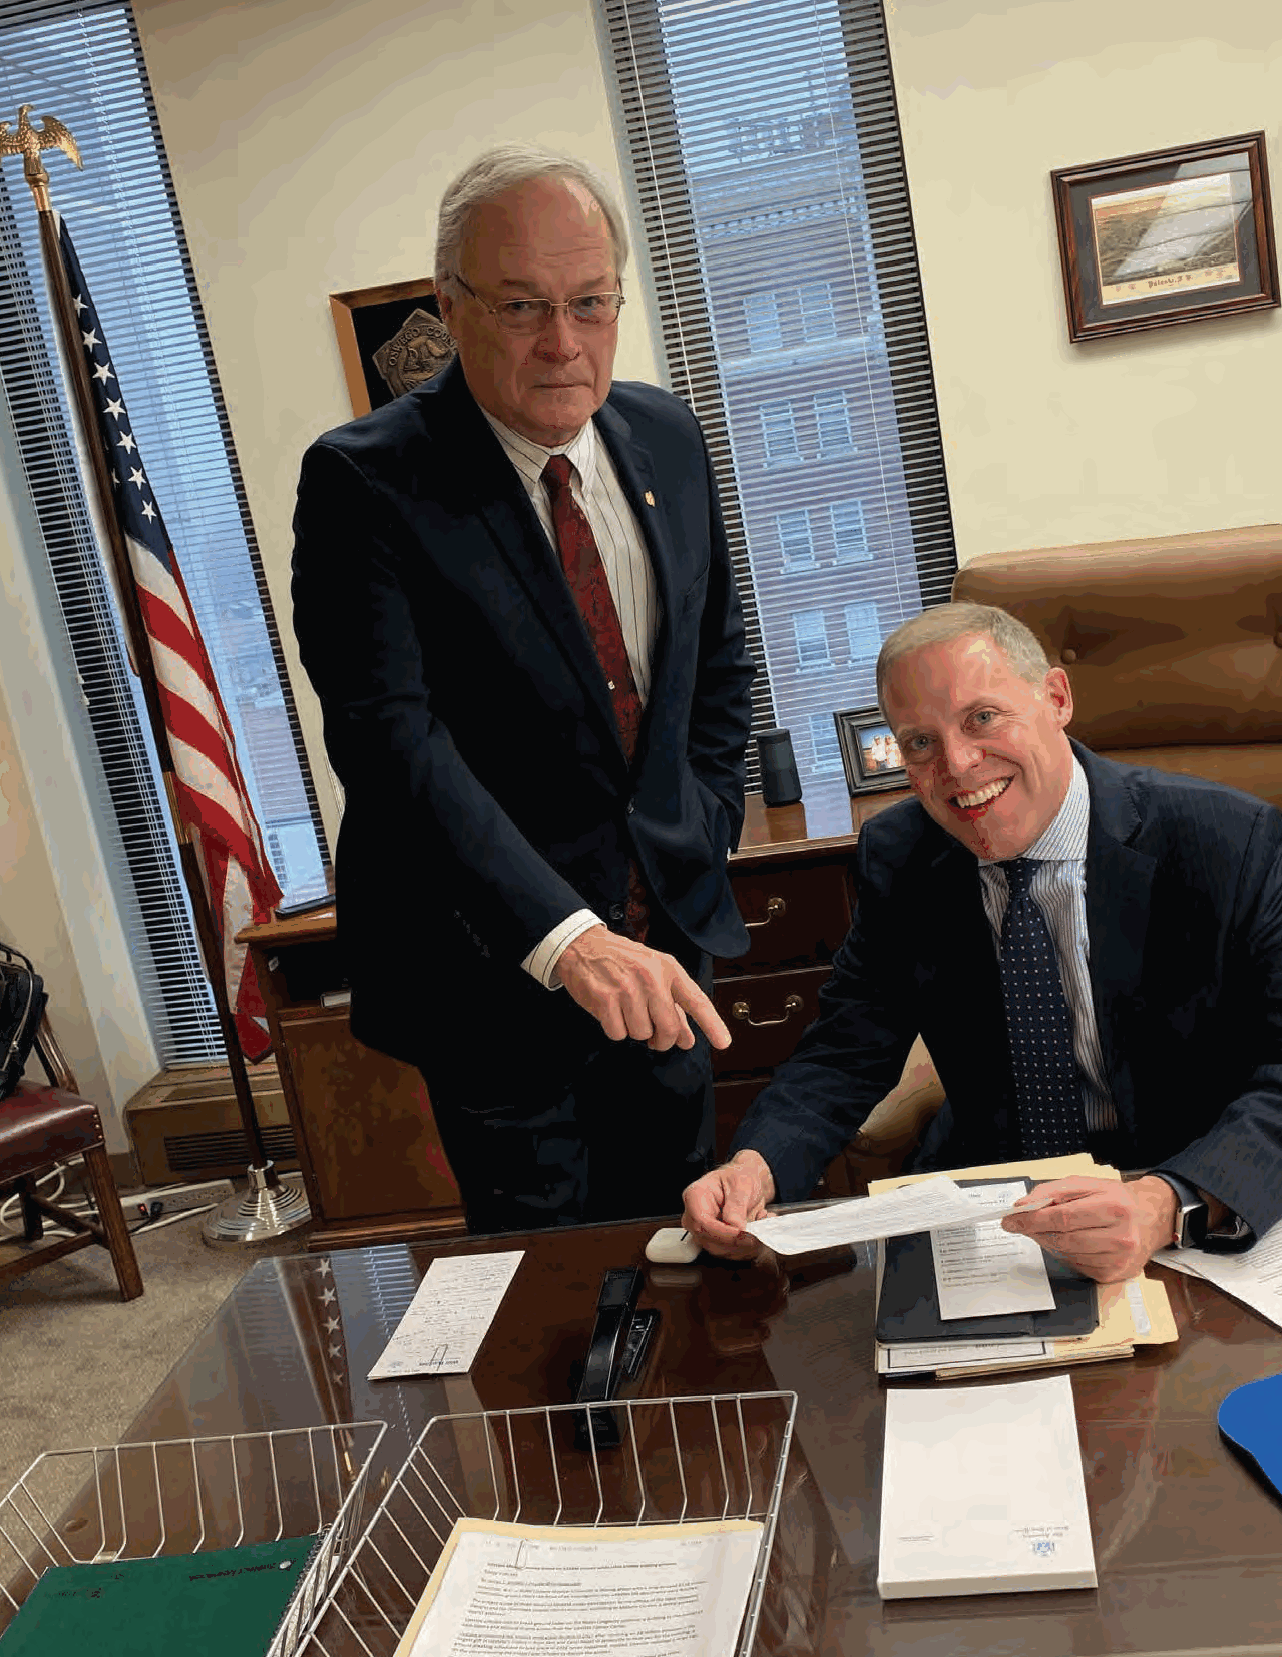
17
 The official journal of the New York State Rifle and Pistol Association
 NNyyssrrppaa 111166881133 BBuulllleett AApprr2200FF..iinndddd 1166       33//1188//22002200 1100::0000::2299 AAMM